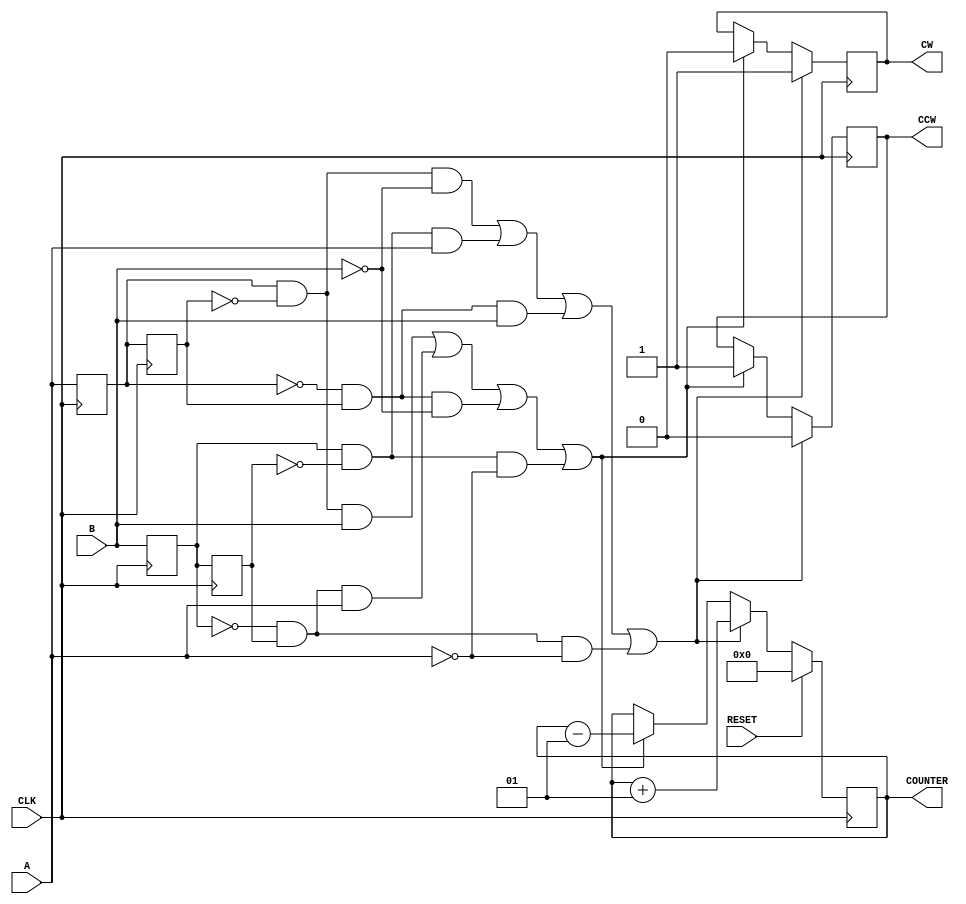
module QUADRATUR_ENCODER_SIMPLE(
	input CLK,
	input A,
	input B,
	input RESET,
	output reg signed [31:0] COUNTER,
	output reg CW,
	output reg CCW
	);
	//
	reg hri1; reg hri2; reg hri3; reg hri4;
	//
	wire Are;
	wire Afe;
	wire Bre;
	wire Bfe;	
	//
	//
	assign Are = (hri1 && !hri2);
	assign Afe = (!hri1 && hri2);	
	assign Bre = (hri3 && !hri4);
	assign Bfe = (!hri3 && hri4);
	//
	initial
	begin	
		CW <= 0;
		CCW <= 0;
		COUNTER <= 0;
		//
		hri1 <= 0; hri2 <= 0; hri3 <= 0; hri4 <= 0;
	end
	//
	always @(posedge CLK)
	begin
	// Impulsauswertung
	hri1 <= A;
	hri2 <= hri1;	
	//
	hri3 <= B;
	hri4 <= hri3;		
	//
	if ((Are && !B) || (Bre && A) || (Afe && B) || (Bfe && !A))
		begin
		COUNTER <= COUNTER + 1;
		CW <= 1;
		CCW <= 0;
		end
	//
	else if ((Are && B) || (Bfe && A) || (Afe && !B) || (Bre && !A))
		begin
		COUNTER <= COUNTER - 1;
		CW <= 0;
		CCW <= 1;
		end
	//	
	if (RESET)
		begin
		COUNTER <= 0;
		COUNTER <= 0;
		end
	end
endmodule